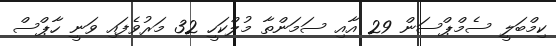
ކިމްބަލީ ސެމްޕްސަން 29 އާއި ސަމަންތާ މުލްކަހީ 32 މަރުވެފައި ވަނީ ހާޕްސް